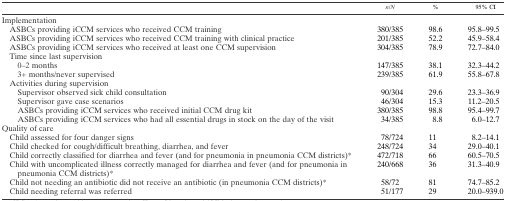
<table><thead><tr><td></td><td><b><i>n</i>/<i>N</i></b></td><td><b>%</b></td><td><b>95% CI</b></td></tr></thead><tbody><tr><td colspan="4">Implementation</td></tr><tr><td> ASBCs providing iCCM services who received CCM training</td><td>380/385</td><td>98.6</td><td>95.8–99.5</td></tr><tr><td> ASBCs providing iCCM services who received CCM training with clinical practice</td><td>201/385</td><td>52.2</td><td>45.9–58.4</td></tr><tr><td> ASBCs providing iCCM services who received at least one CCM supervision</td><td>304/385</td><td>78.9</td><td>72.7–84.0</td></tr><tr><td colspan="4"> Time since last supervision</td></tr><tr><td>0–2 months</td><td>147/385</td><td>38.1</td><td>32.3–44.2</td></tr><tr><td>3+ months/never supervised</td><td>239/385</td><td>61.9</td><td>55.8–67.8</td></tr><tr><td colspan="4"> Activities during supervision</td></tr><tr><td>Supervisor observed sick child consultation</td><td>90/304</td><td>29.6</td><td>23.3–36.9</td></tr><tr><td>Supervisor gave case scenarios</td><td>46/304</td><td>15.3</td><td>11.2–20.5</td></tr><tr><td>ASBCs providing iCCM services who received initial CCM drug kit</td><td>380/385</td><td>98.8</td><td>95.4–99.7</td></tr><tr><td>ASBCs providing iCCM services who had all essential drugs in stock on the day of the visit</td><td>34/385</td><td>8.8</td><td>6.0–12.7</td></tr><tr><td colspan="4">Quality of care</td></tr><tr><td> Child assessed for four danger signs</td><td>78/724</td><td>11</td><td>8.2–14.1</td></tr><tr><td> Child checked for cough/difficult breathing, diarrhea, and fever</td><td>248/724</td><td>34</td><td>29.0–40.1</td></tr><tr><td> Child correctly classified for diarrhea and fever (and for pneumonia in pneumonia CCM districts)*</td><td>472/718</td><td>66</td><td>60.5–70.5</td></tr><tr><td> Child with uncomplicated illness correctly managed for diarrhea and fever (and for pneumonia in pneumonia CCM districts)*</td><td>240/668</td><td>36</td><td>31.3–40.9</td></tr><tr><td> Child not needing an antibiotic did not receive an antibiotic (in pneumonia CCM districts)*</td><td>58/72</td><td>81</td><td>74.7–85.2</td></tr><tr><td> Child needing referral was referred</td><td>51/177</td><td>29</td><td>20.0–939.0</td></tr></tbody></table>